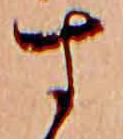
す